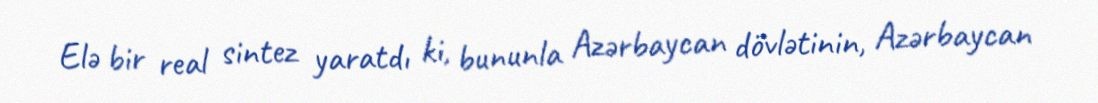
Elə bir real sintez yaratdı ki, bununla Azərbaycan dövlətinin, Azərbaycan